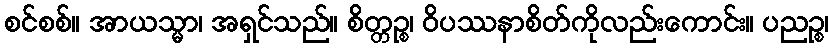
စင်စစ်။ အာယသ္မာ၊ အရှင်သည်။ စိတ္တဉ္စ၊ ဝိပဿနာစိတ်ကိုလည်းကောင်း။ ပညဉ္စ၊